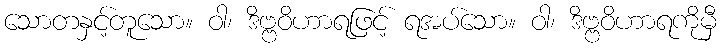
သောတနှင့်တူသော။ ဝါ၊ ဒိဗ္ဗဝိဟာရဖြင့် ရအပ်သော။ ဝါ၊ ဒိဗ္ဗဝိဟာရကိုမှီ